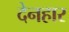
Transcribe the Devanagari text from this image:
देनहार